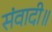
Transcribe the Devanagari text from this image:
संवादी॥